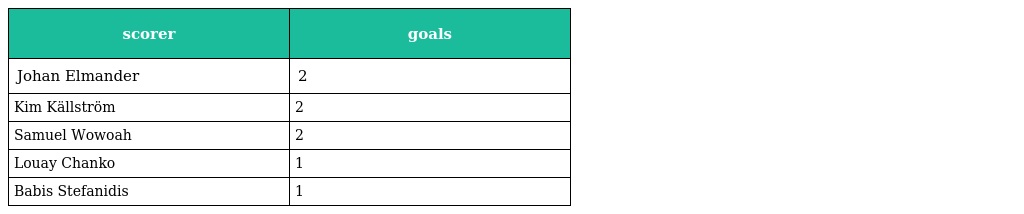
| scorer | goals |
 | --- | --- |
 | Johan Elmander | 2 |
 | Kim Källström | 2 |
 | Samuel Wowoah | 2 |
 | Louay Chanko | 1 |
 | Babis Stefanidis | 1 |